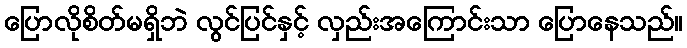
ပြောလိုစိတ်မရှိဘဲ လွင်ပြင်နှင့် လှည်းအကြောင်းသာ ပြောနေသည်။